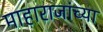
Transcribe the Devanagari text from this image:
माहाराजांच्या